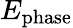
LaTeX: E_{\mathrm{phase}}